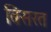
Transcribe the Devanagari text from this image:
बिसरत